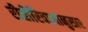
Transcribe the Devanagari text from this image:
रीतीरिवाजानुसार